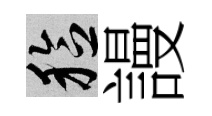
稔謾